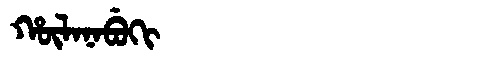
Manchu: ᡥᡡᠯᠠᠨᠠᠪᡠᡴᡳ
Romanization: HŪLANABUKI